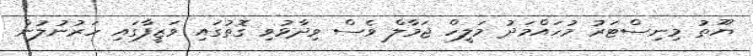
ޔޫތު މިނިސްޓަރު މުހައްމަދު މަލީހް ޖަމާލް ވެސް ވިދާޅުވި ގޮތުގައި ވަޒީފާގައި ހަރުނުލުން